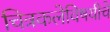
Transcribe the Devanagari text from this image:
चित्रकलेविषयीचे